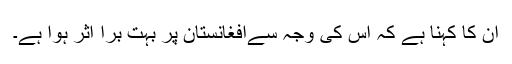
ان کا کہنا ہے کہ اس کی وجہ سےافغانستان پر بہت برا اثر ہوا ہے۔